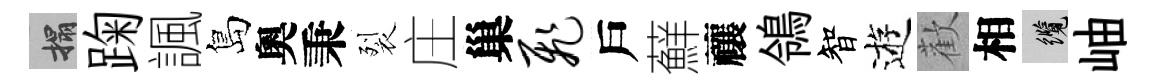
搨踘諷島奧秉裂庄巢飞戶蘚禳鴒智逰歡相纜岫